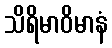
သိရိမာဝိမာနံ